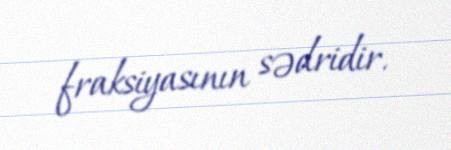
fraksiyasının sədridir.